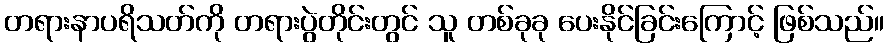
တရားနာပရိသတ်ကို တရားပွဲတိုင်းတွင် သူ တစ်ခုခု ပေးနိုင်ခြင်းကြောင့် ဖြစ်သည်။